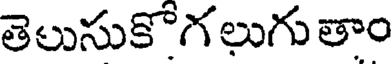
తెలుసుకొగలుగుతాం